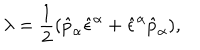
\lambda = \frac { 1 } { 2 } ( \hat { p } _ { \alpha } \hat { \epsilon } ^ { \alpha } + \hat { \epsilon } ^ { \alpha } \hat { p } _ { \alpha } ) ,